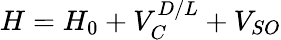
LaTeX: H=H_{0}+V_{C}^{D/L}+V_{SO}